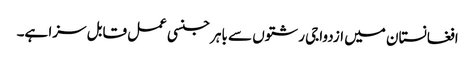
افغانستان میں ازدواجی رشتوں سے باہر جنسی عمل قابل سزا ہے۔